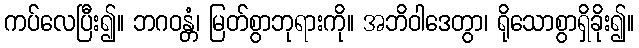
ကပ်လေပြီး၍။ ဘဂဝန္တံ၊ မြတ်စွာဘုရားကို။ အဘိဝါဒေတွာ၊ ရိုသောစွာရှိခိုး၍။